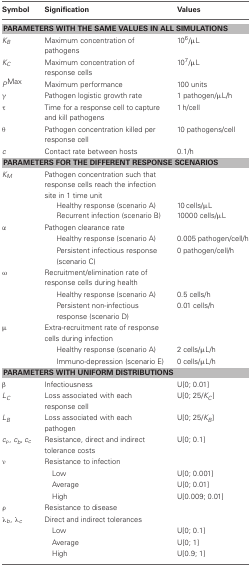
<table><thead><tr><td><b>Symbol</b></td><td><b>Signification</b></td><td><b>Values</b></td></tr></thead><tbody><tr><td colspan="3"><b>PARAMETERS WITH THE SAME VALUES IN ALL SIMULATIONS</b></td></tr><tr><td><i>K</i><sub><i>B</i></sub></td><td>Maximum concentration of pathogens</td><td>10<sup>6</sup>/μL</td></tr><tr><td><i>K</i><sub><i>C</i></sub></td><td>Maximum concentration of response cells</td><td>10<sup>7</sup>/μL</td></tr><tr><td><i>P</i><sup>Max</sup></td><td>Maximum performance</td><td>100 units</td></tr><tr><td>γ</td><td>Pathogen logistic growth rate</td><td>1 pathogen/μL/h</td></tr><tr><td>τ</td><td>Time for a response cell to capture and kill pathogens</td><td>1 h/cell</td></tr><tr><td>θ</td><td>Pathogen concentration killed per response cell</td><td>10 pathogens/cell</td></tr><tr><td><i>c</i></td><td>Contact rate between hosts</td><td>0.1/h</td></tr><tr><td colspan="3"><b>PARAMETERS FOR THE DIFFERENT RESPONSE SCENARIOS</b></td></tr><tr><td><i>K</i><sub><i>M</i></sub></td><td>Pathogen concentration such that response cells reach the infection site in 1 time unit</td><td>[EMPTY_CELL]</td></tr><tr><td>[EMPTY_CELL]</td><td>Healthy response (scenario A)</td><td>10 cells/μL</td></tr><tr><td>[EMPTY_CELL]</td><td>Recurrent infection (scenario B)</td><td>10000 cells/μL</td></tr><tr><td>α</td><td>Pathogen clearance rate</td><td>[EMPTY_CELL]</td></tr><tr><td>[EMPTY_CELL]</td><td>Healthy response (scenario A)</td><td>0.005 pathogen/cell/h</td></tr><tr><td>[EMPTY_CELL]</td><td>Persistent infectious response (scenario C)</td><td>0 pathogen/cell/h</td></tr><tr><td>ω</td><td>Recruitment/elimination rate of response cells during health</td><td>[EMPTY_CELL]</td></tr><tr><td>[EMPTY_CELL]</td><td>Healthy response (scenario A)</td><td>0.5 cells/h</td></tr><tr><td>[EMPTY_CELL]</td><td>Persistent non-infectious response (scenario D)</td><td>0.01 cells/h</td></tr><tr><td>μ</td><td>Extra-recruitment rate of response cells during infection</td><td>[EMPTY_CELL]</td></tr><tr><td>[EMPTY_CELL]</td><td>Healthy response (scenario A)</td><td>2 cells/μL/h</td></tr><tr><td>[EMPTY_CELL]</td><td>Immuno-depression (scenario E)</td><td>0 cells/μL/h</td></tr><tr><td colspan="3"><b>PARAMETERS WITH UNIFORM DISTRIBUTIONS</b></td></tr><tr><td>β</td><td>Infectiousness</td><td>U[0; 0.01]</td></tr><tr><td><i>L</i><sub><i>C</i></sub></td><td>Loss associated with each response cell</td><td>U[0; 25/<i>K</i><sub><i>C</i></sub>]</td></tr><tr><td><i>L</i><sub><i>B</i></sub></td><td>Loss associated with each pathogen</td><td>U[0; 25/<i>K</i><sub><i>B</i></sub>]</td></tr><tr><td><i>c</i><sub>ρ</sub>, <i>c</i><sub><i>b</i></sub>, <i>c</i><sub><i>c</i></sub></td><td>Resistance, direct and indirect tolerance costs</td><td>U[0; 0.1]</td></tr><tr><td>ν</td><td>Resistance to infection</td><td>[EMPTY_CELL]</td></tr><tr><td>[EMPTY_CELL]</td><td>Low</td><td>U[0; 0.001]</td></tr><tr><td>[EMPTY_CELL]</td><td>Average</td><td>U[0; 0.01]</td></tr><tr><td>[EMPTY_CELL]</td><td>High</td><td>U[0.009; 0.01]</td></tr><tr><td>ρ</td><td>Resistance to disease</td><td>[EMPTY_CELL]</td></tr><tr><td>λ<sub><i>b</i></sub>, λ<sub><i>c</i></sub></td><td>Direct and indirect tolerances</td><td>[EMPTY_CELL]</td></tr><tr><td>[EMPTY_CELL]</td><td>Low</td><td>U[0; 0.1]</td></tr><tr><td>[EMPTY_CELL]</td><td>Average</td><td>U[0; 1]</td></tr><tr><td>[EMPTY_CELL]</td><td>High</td><td>U[0.9; 1]</td></tr></tbody></table>